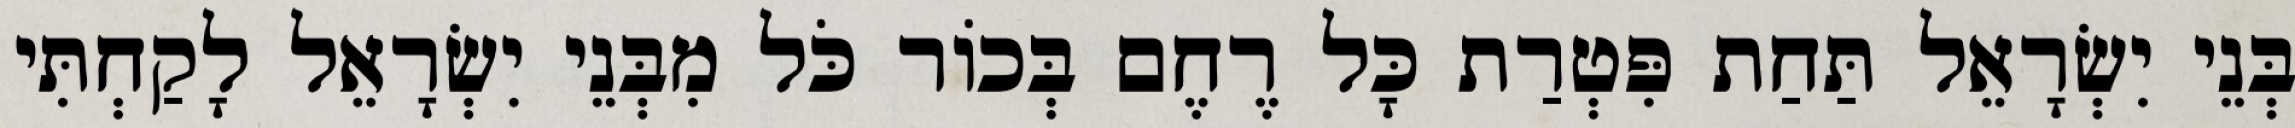
בְּנֵי יִשְׂרָאֵל תַּחַת פִּטְרַת כָּל רֶחֶם בְּכוֹר כֹּל מִבְּנֵי יִשְׂרָאֵל לָקַחְתִּי